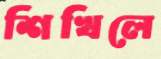
শিখিলে